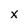
Character: X